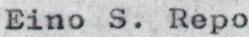
Eino S. Repo